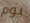
يوم